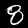
Label: 8